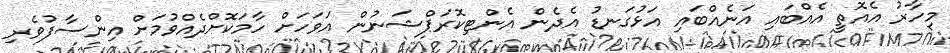
މިހާރު އެއޮތީ އެއްބައި އަނެއްބައި އަޅުގަނޑު އެދެން އެންޓިކޮރަޕްޝަނުން އަވަހަށް ހާމަކޮށްދެއްވުމަށް އިންސާފުވެރި